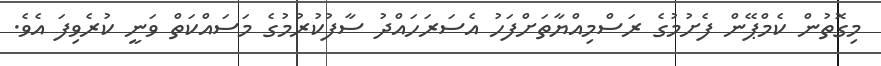
މިގޮތުން ކެމްޕޭން ފެށުމުގެ ރަސްމިއްޔާތަށްފަހު އެސަރަހައްދު ސާފުކުރުމުގެ މަސައްކަތް ވަނީ ކުރެވިފަ އެވެ.